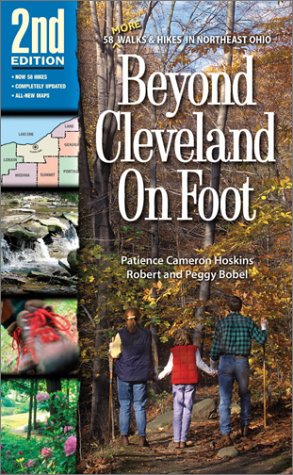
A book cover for Beyond Cleveland On Foot 2nd Edition; Peg Bobel; Travel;